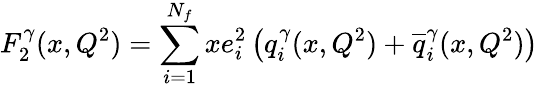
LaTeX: F_{2}^{\gamma}(x,Q^{2})=\sum_{i=1}^{N_{f}}xe_{i}^{2}\left(q_{i}^{\gamma}(x,Q^{2})+{\overline{{{q}}}}_{i}^{\gamma}(x,Q^{2})\right)